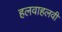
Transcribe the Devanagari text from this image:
हलवाहलवी